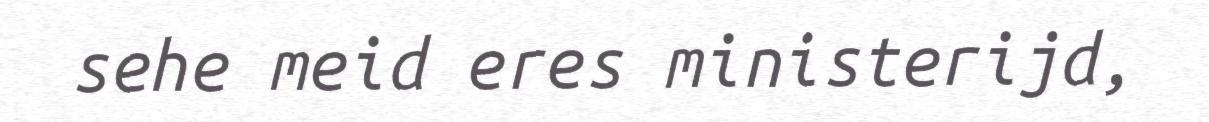
sehe meid eres ministerijd,